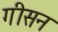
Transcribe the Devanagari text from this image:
गीसन